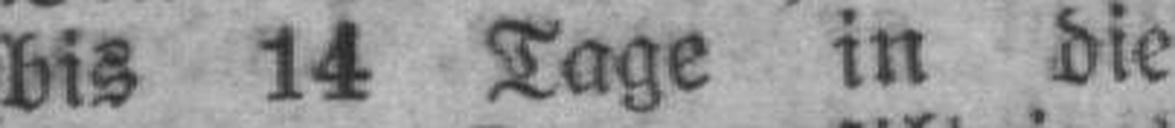
bis 14 Tage in die